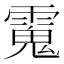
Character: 𩳧